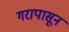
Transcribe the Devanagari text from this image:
गरापासून